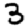
Digit: 3